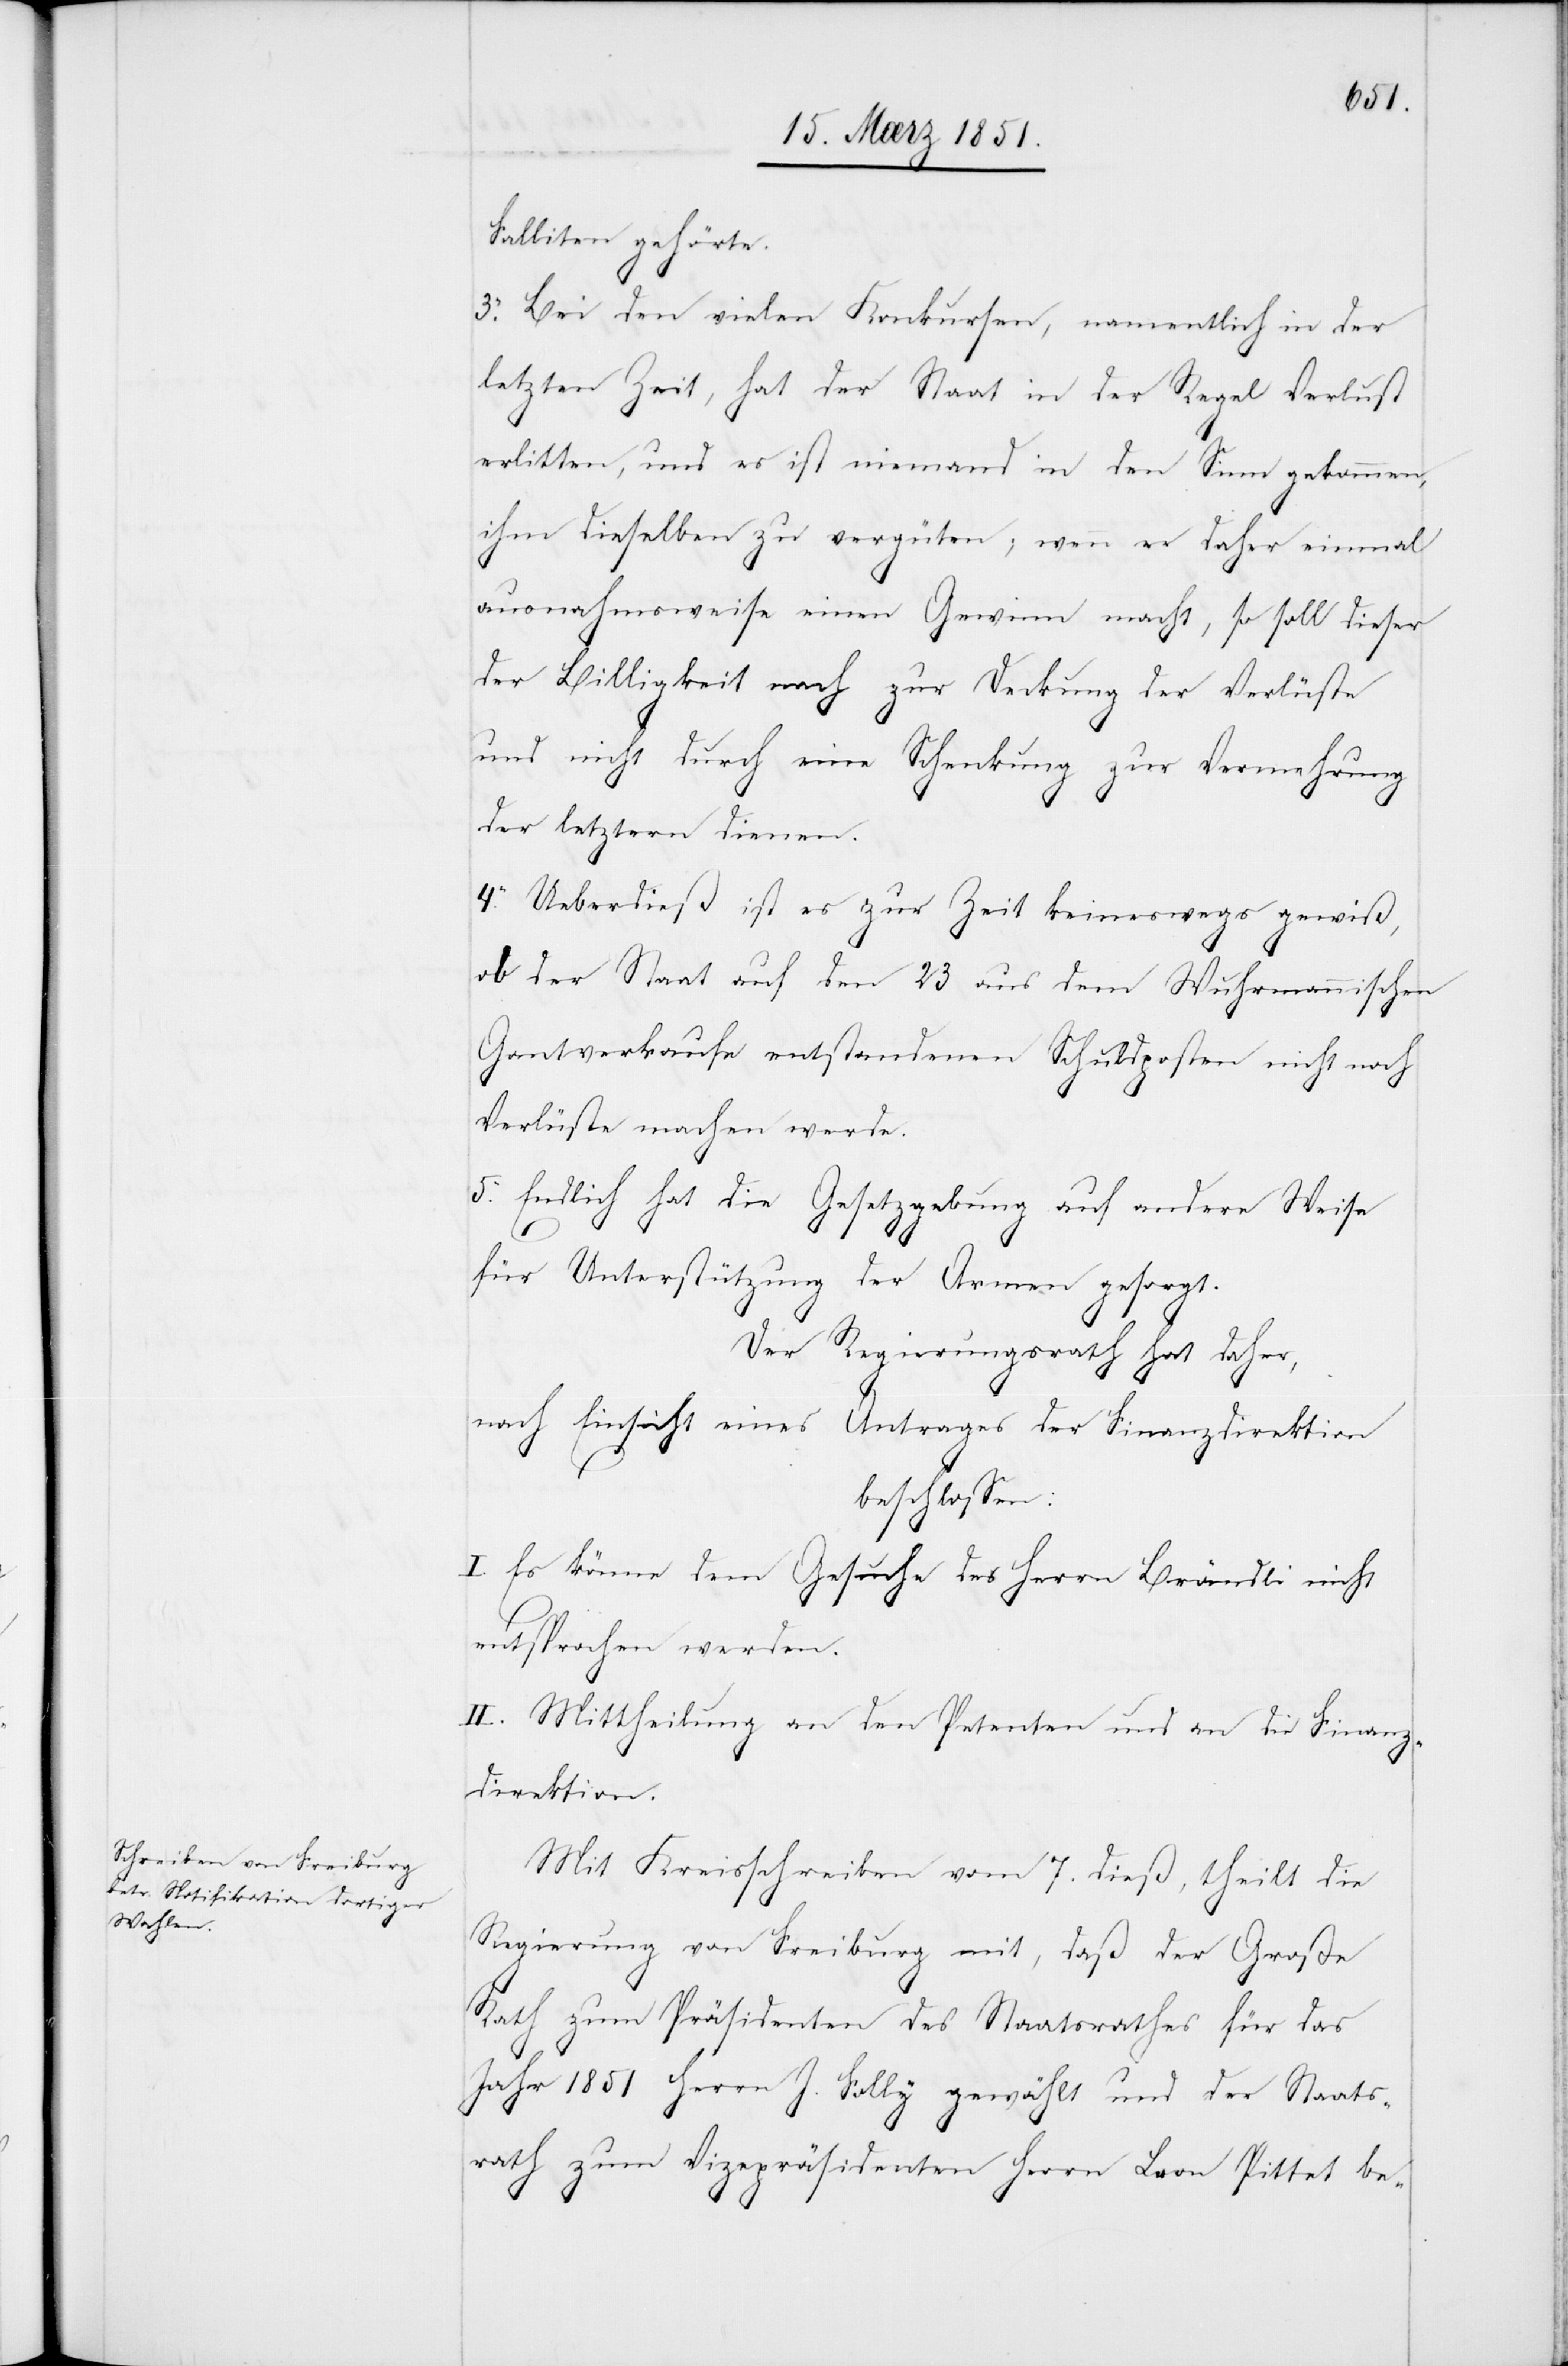
Falliten gehörte.
3. Bei den vielen Konkursen, namentlich in der
letzten Zeit, hat der Staat in der Regel Verlust
erlitten, und es ist niemand in den Sinn gekommen,
ihm dieselben zu vergüten; wenn er daher einmal
ausnahmsweise einen Gewinn macht, so soll dieser
der Billigkeit nach zur Deckung der Verlüste
und nicht durch eine Schenkung zur Vermehrung
der letztern dienen.
4. Ueberdieß ist es zur Zeit keineswegs gewiß,
ob der Staat auf den 23 aus dem Wuhrmannischen
Gantverkaufe entstandenen Schuldposten nicht noch
Verlüste machen werde.
5. Endlich hat die Gesetzgebung auf andere Weise
für Unterstützung der Armen gesorgt.
Der Regierungsrath hat daher,
nach Einsicht eines Antrages der Finanzdirektion
beschlossen:
I. Es könne dem Gesuche des Herrn Brändli nicht
entsprochen werden.
II. Mittheilung an den Petenten und an die Finanz¬
direktion.
Mit Kreisschreiben vom 7. dieß, theilt die
Regierung von Freiburg mit, daß der Große
Rath zum Präsidenten des Staatsrathes für das
Jahr 1851 Herrn J. Folly gewählt und der Staats¬
rath zum Vizepräsidenten Herrn Leon Pittet be-